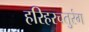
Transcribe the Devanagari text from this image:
हरिहरचतुरंग